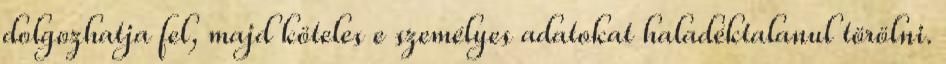
dolgozhatja fel, majd köteles e személyes adatokat haladéktalanul törölni.